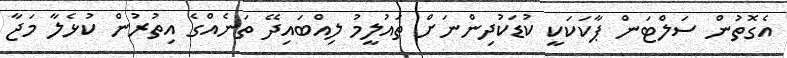
އެގޮތުން ސަލްޓަން ޕާކަކަކީ ކުޑަކުދިންނަށް ތައުލީމު ލިއްބައިދޭ ތަނެއްގެ އިތުރުން ކުޅެލާ މަޖާ